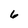
Character: 6